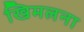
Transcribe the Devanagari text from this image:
खिमलना